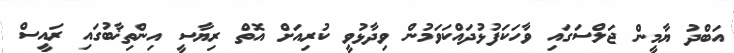
އަބްދު ޔާމީން ޖަލްސަގައި ވާހަކަފުޅުދައްކަވަމުން ވިދާޅުވީ ކުރިއަށް އޮތް ރިޔާސީ އިންތިޚާބުގައި ރައީސް